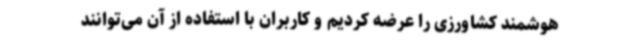
هوشمند کشاورزی را عرضه کردیم و کاربران با استفاده از آن می‌توانند